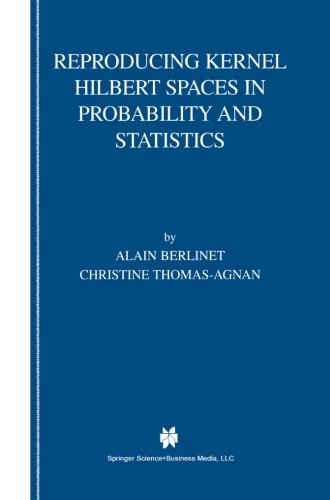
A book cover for Reproducing Kernel Hilbert Spaces in Probability and Statistics; Alain Berlinet; Science & Math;